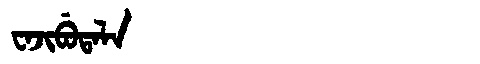
Manchu: ᠸᠠᠵᡳᠪᡠᡨᠠᠯᠠ
Romanization: WAJIBUTALA